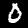
Digit: 0